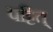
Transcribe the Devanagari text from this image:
पट्टित्